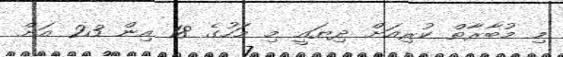
މި މުބާރާތް ކުރިއަށް ދިޔައީ މި މަހުގެ 18 އިން 23 އަށް